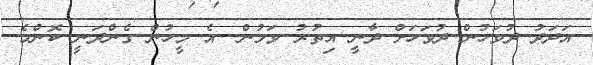
އަދަދު ދުވަހުން ދުވަހަށް ދާނީ އިތުރު ވަމުން. އެ މީހުން ގެންދަނީ ކޮންމެ